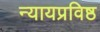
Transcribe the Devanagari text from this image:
न्यायप्रविष्ठ